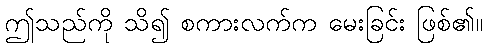
ဤသည်ကို သိ၍ စကားလက်က မေးခြင်း ဖြစ်၏။